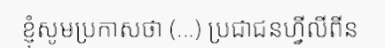
ខ្ញុំសូមប្រកាសថា (...) ប្រជាជនហ្វីលីពីន